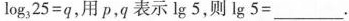
$$l o g _ { 3 } 2 5 = q$$，用p，q表示lg5，则lg5=___.